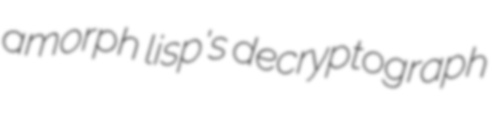
amorph lisp's decryptograph